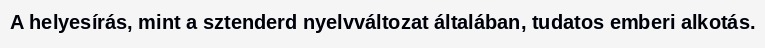
A helyesírás, mint a sztenderd nyelvváltozat általában, tudatos emberi alkotás.